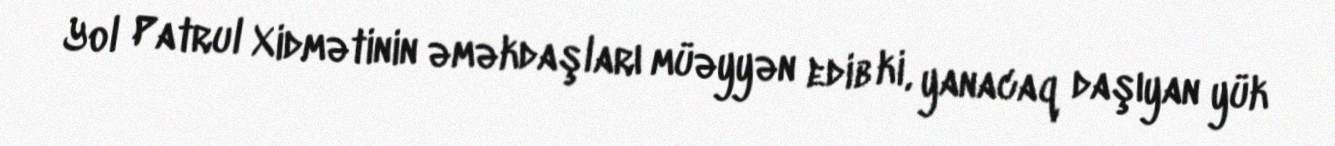
Yol Patrul Xidmətinin əməkdaşları müəyyən edib ki, yanacaq daşıyan yük